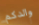
والدكم